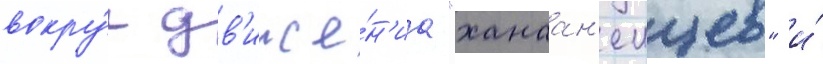
вокру́г дв'иже́н'иа "ханаан'еицев" и́